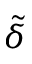
\tilde { \delta }